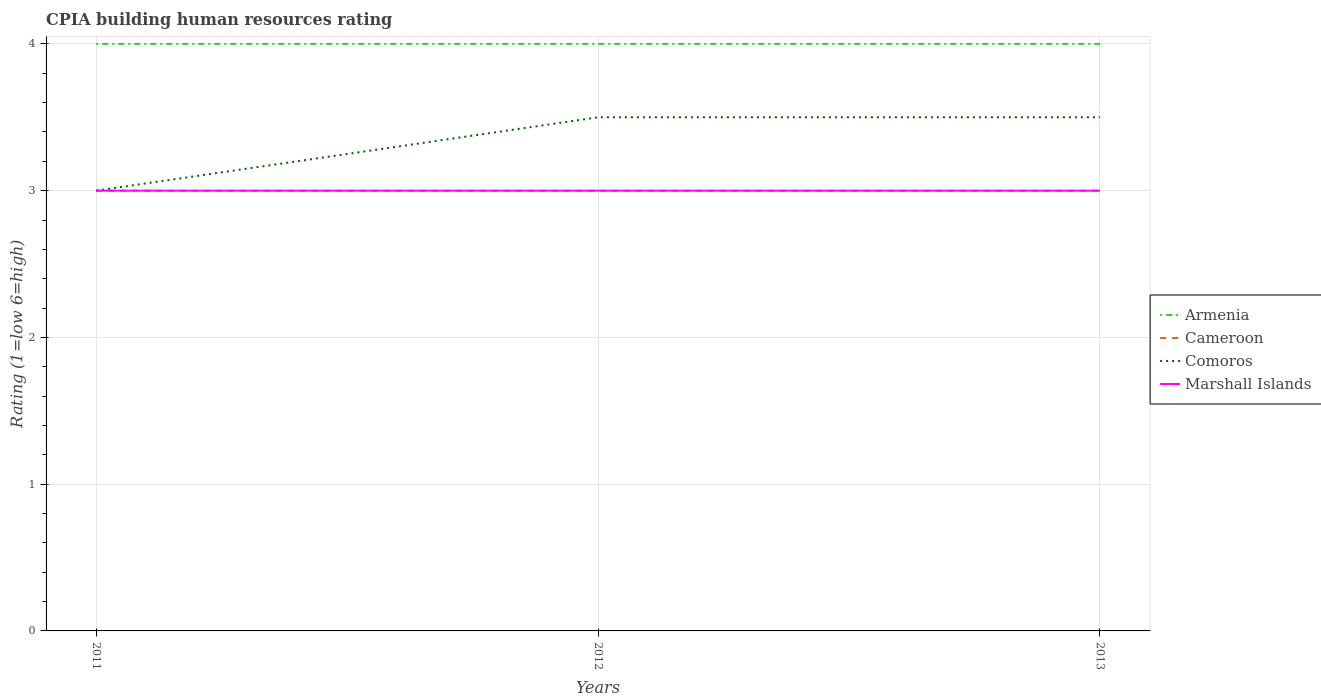
| Years | Armenia | Cameroon | Comoros | Marshall Islands |
 | --- | --- | --- | --- | --- |
 | 2011 | 4 | 3 | 3 | 3 |
 | 2012 | 4 | 3 | 3.5 | 3 |
 | 2013 | 4 | 3 | 3.5 | 3 |